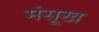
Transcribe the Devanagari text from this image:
मंसूख